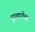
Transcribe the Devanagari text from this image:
सुब्रह्मणेश्वर